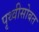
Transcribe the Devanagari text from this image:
पृथ्वीसोबत